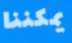
يمكننا